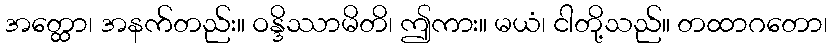
အတ္ထော၊ အနက်တည်း။ ဝန္ဒိဿာမိတိ၊ ဤကား။ မယံ၊ ငါတို့သည်။ တထာဂတော၊